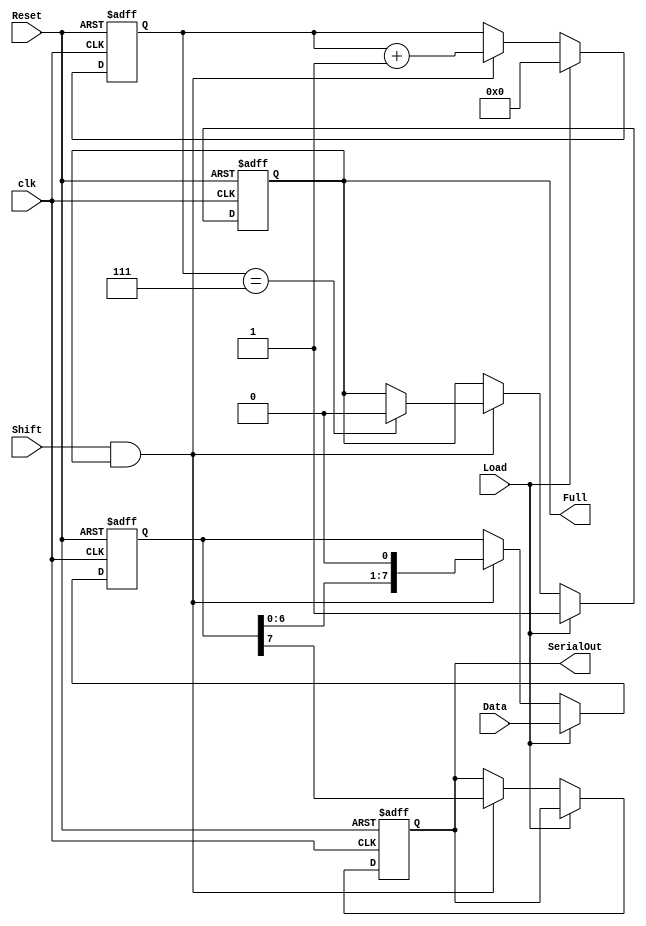
module LoadablePISO #(
    parameter width = 8  // Parameter for the width of the register
)(
    input wire Load,      // Control signal to load data
    input wire [width-1:0] Data, // Parallel data input
    input wire Shift,     // Control signal to shift data out
    input wire clk,       // Clock signal
    input wire Reset,     // Asynchronous reset signal
    output reg SerialOut, // Serial output
    output reg Full       // Indicates when the register is full
);

    reg [width-1:0] shift_reg; // Internal storage for the register
    reg [3:0] count;            // Counter for the number of bits shifted out

    // Asynchronous reset
    always @(posedge clk or posedge Reset) begin
        if (Reset) begin
            shift_reg <= {width{1'b0}}; // Clear the register
            SerialOut <= 1'b0;          // Clear SerialOut
            Full <= 1'b0;                // Clear Full
            count <= 0;                  // Reset counter
        end else begin
            if (Load) begin
                shift_reg <= Data;       // Load data into the register
                Full <= 1'b1;            // Set Full when data is loaded
                count <= 0;              // Reset the counter
            end else if (Shift && Full) begin
                SerialOut <= shift_reg[width-1]; // Shift out the MSB
                shift_reg <= {shift_reg[width-2:0], 1'b0}; // Shift left
                count <= count + 1;      // Increment the counter
                if (count == width - 1) begin
                    Full <= 1'b0;         // Clear Full after all bits are shifted out
                end
            end
        end
    end

endmodule